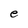
Character: e